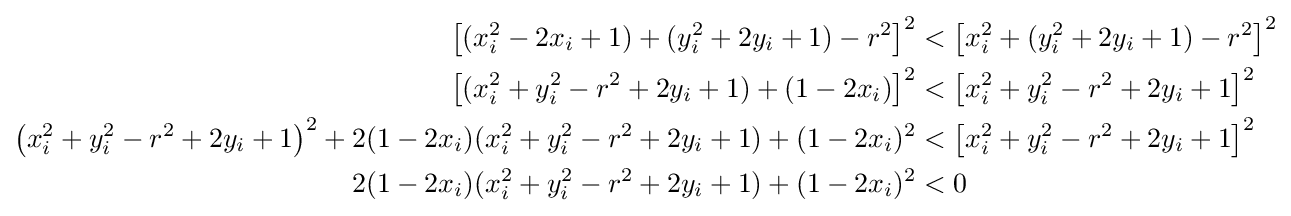
{\begin{aligned}\left[(x_{i}^{2}-2x_{i}+1)+(y_{i}^{2}+2y_{i}+1)-r^{2}\right]^{2}&<\left[x_{i}^{2}+(y_{i}^{2}+2y_{i}+1)-r^{2}\right]^{2}\\\left[(x_{i}^{2}+y_{i}^{2}-r^{2}+2y_{i}+1)+(1-2x_{i})\right]^{2}&<\left[x_{i}^{2}+y_{i}^{2}-r^{2}+2y_{i}+1\right]^{2}\\\left(x_{i}^{2}+y_{i}^{2}-r^{2}+2y_{i}+1\right)^{2}+2(1-2x_{i})(x_{i}^{2}+y_{i}^{2}-r^{2}+2y_{i}+1)+(1-2x_{i})^{2}&<\left[x_{i}^{2}+y_{i}^{2}-r^{2}+2y_{i}+1\right]^{2}\\2(1-2x_{i})(x_{i}^{2}+y_{i}^{2}-r^{2}+2y_{i}+1)+(1-2x_{i})^{2}&<0\\\end{aligned}}